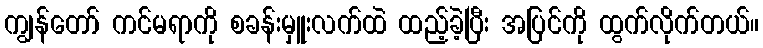
ကျွန်တော် ကင်မရာကို စခန်းမှူးလက်ထဲ ထည့်ခဲ့ပြီး အပြင်ကို ထွက်လိုက်တယ်။